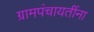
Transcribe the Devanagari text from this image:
ग्रामपंचायतींना